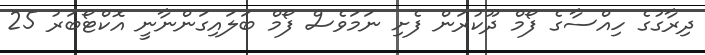
ދިރާގުގެ ހިއްސާގެ ފޯމް ދޫކުރަން ފެށި ނަމަވެސް ފޯމް ބަލައިގަންނާނީ އޮކްޓޯބަރު 25